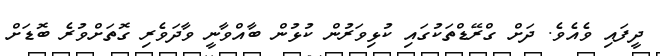
ދީފައި ވެއެވެ. ދަށް ގްރޭޑްތަކުގައި ކުޅިވަރުން ކުޅުން ބާއްވާނީ ވާދަވެރި ގޮތަށްވުރެ ބޮޑަށް